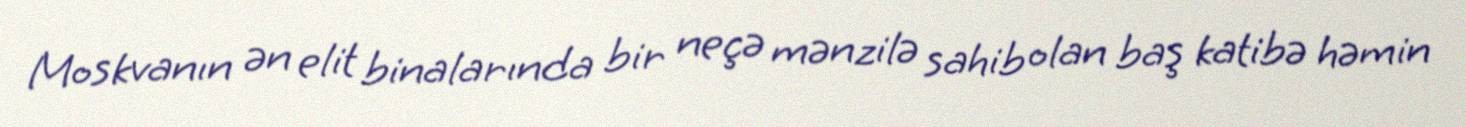
Moskvanın ən elit binalarında bir neçə mənzilə sahib olan baş katibə həmin